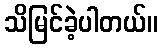
သိမြင်ခဲ့ပါတယ်။